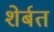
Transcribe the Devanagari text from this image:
शेर्बत